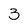
Character: 3